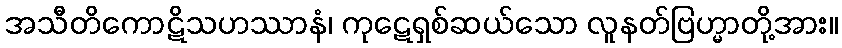
အသီတိကောဋိသဟဿာနံ၊ ကုဋေရှစ်ဆယ်သော လူနတ်ဗြဟ္မာတို့အား။